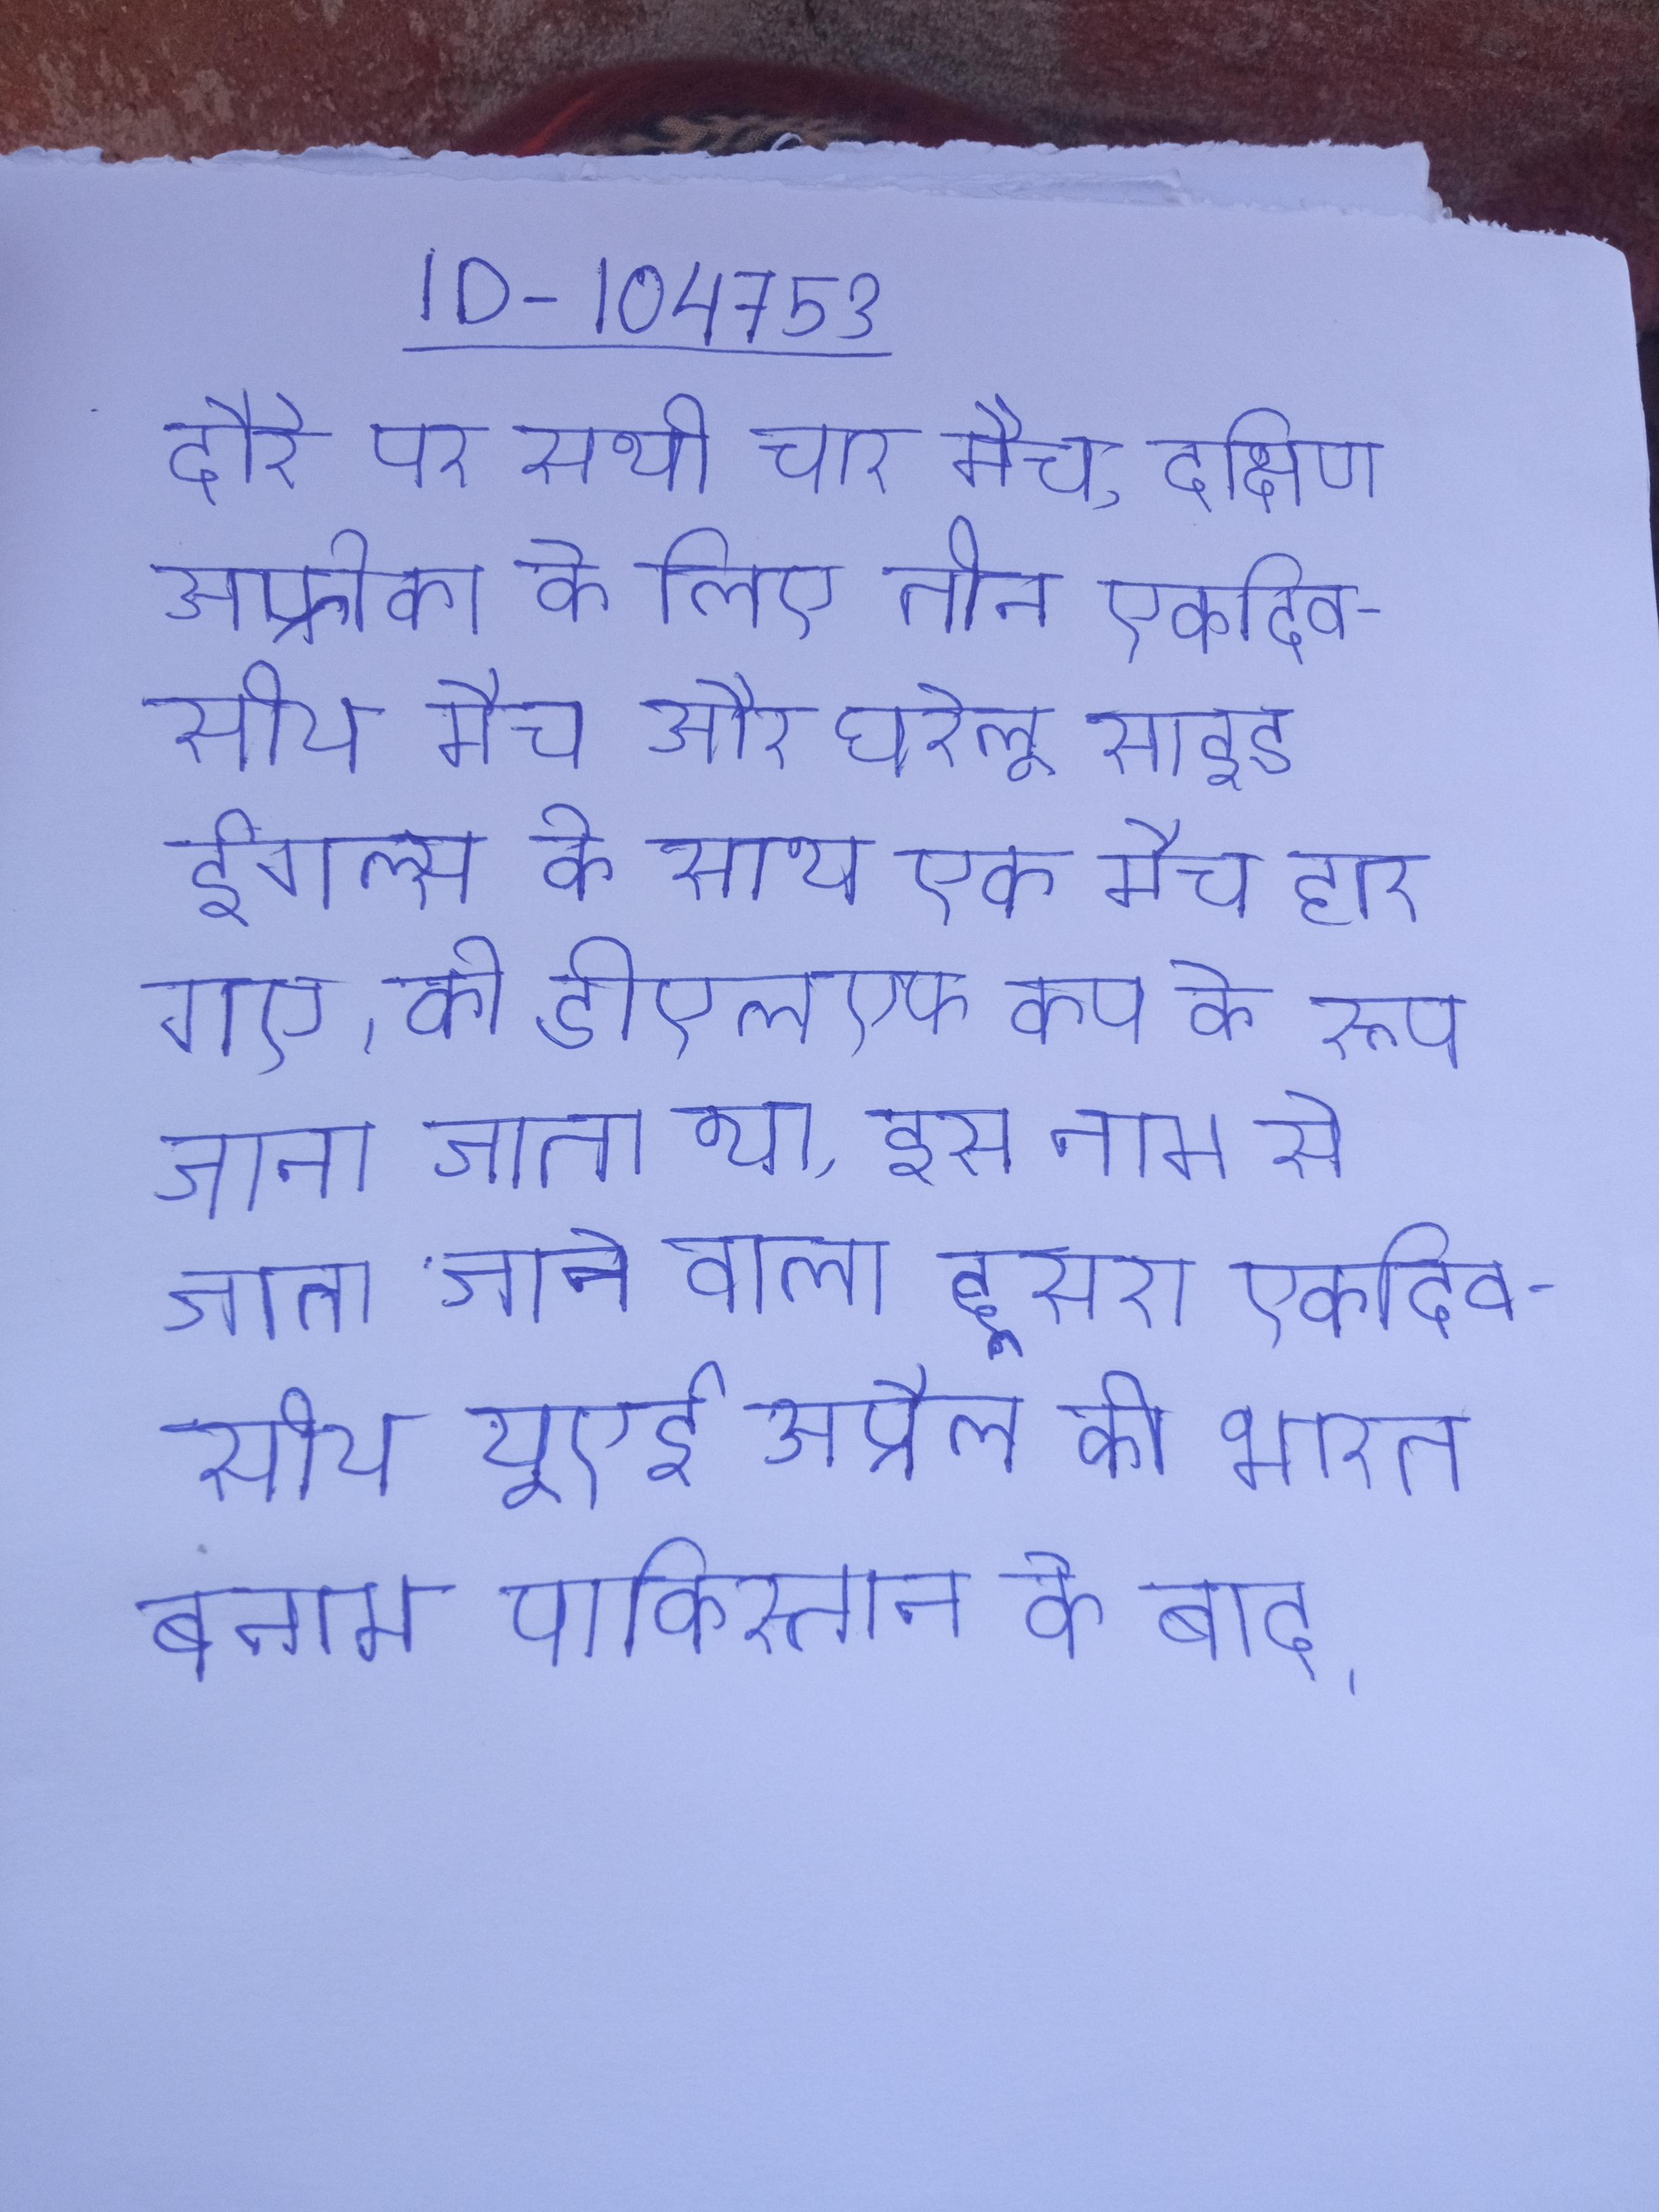
दौरे पर सभी चार मैच, दक्षिण अफ्रीका के लिए तीन एकदिवसीय मैच और घरेलू साइड ईगल्स के साथ एक मैच हार गए । को डीएलएफ कप के रूप जाना जाता था, इस नाम से जाना जाने वाला दूसरा एकदिवसीय यूएई अप्रैल की भारत बनाम पाकिस्तान के बाद ।